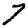
Digit: 7